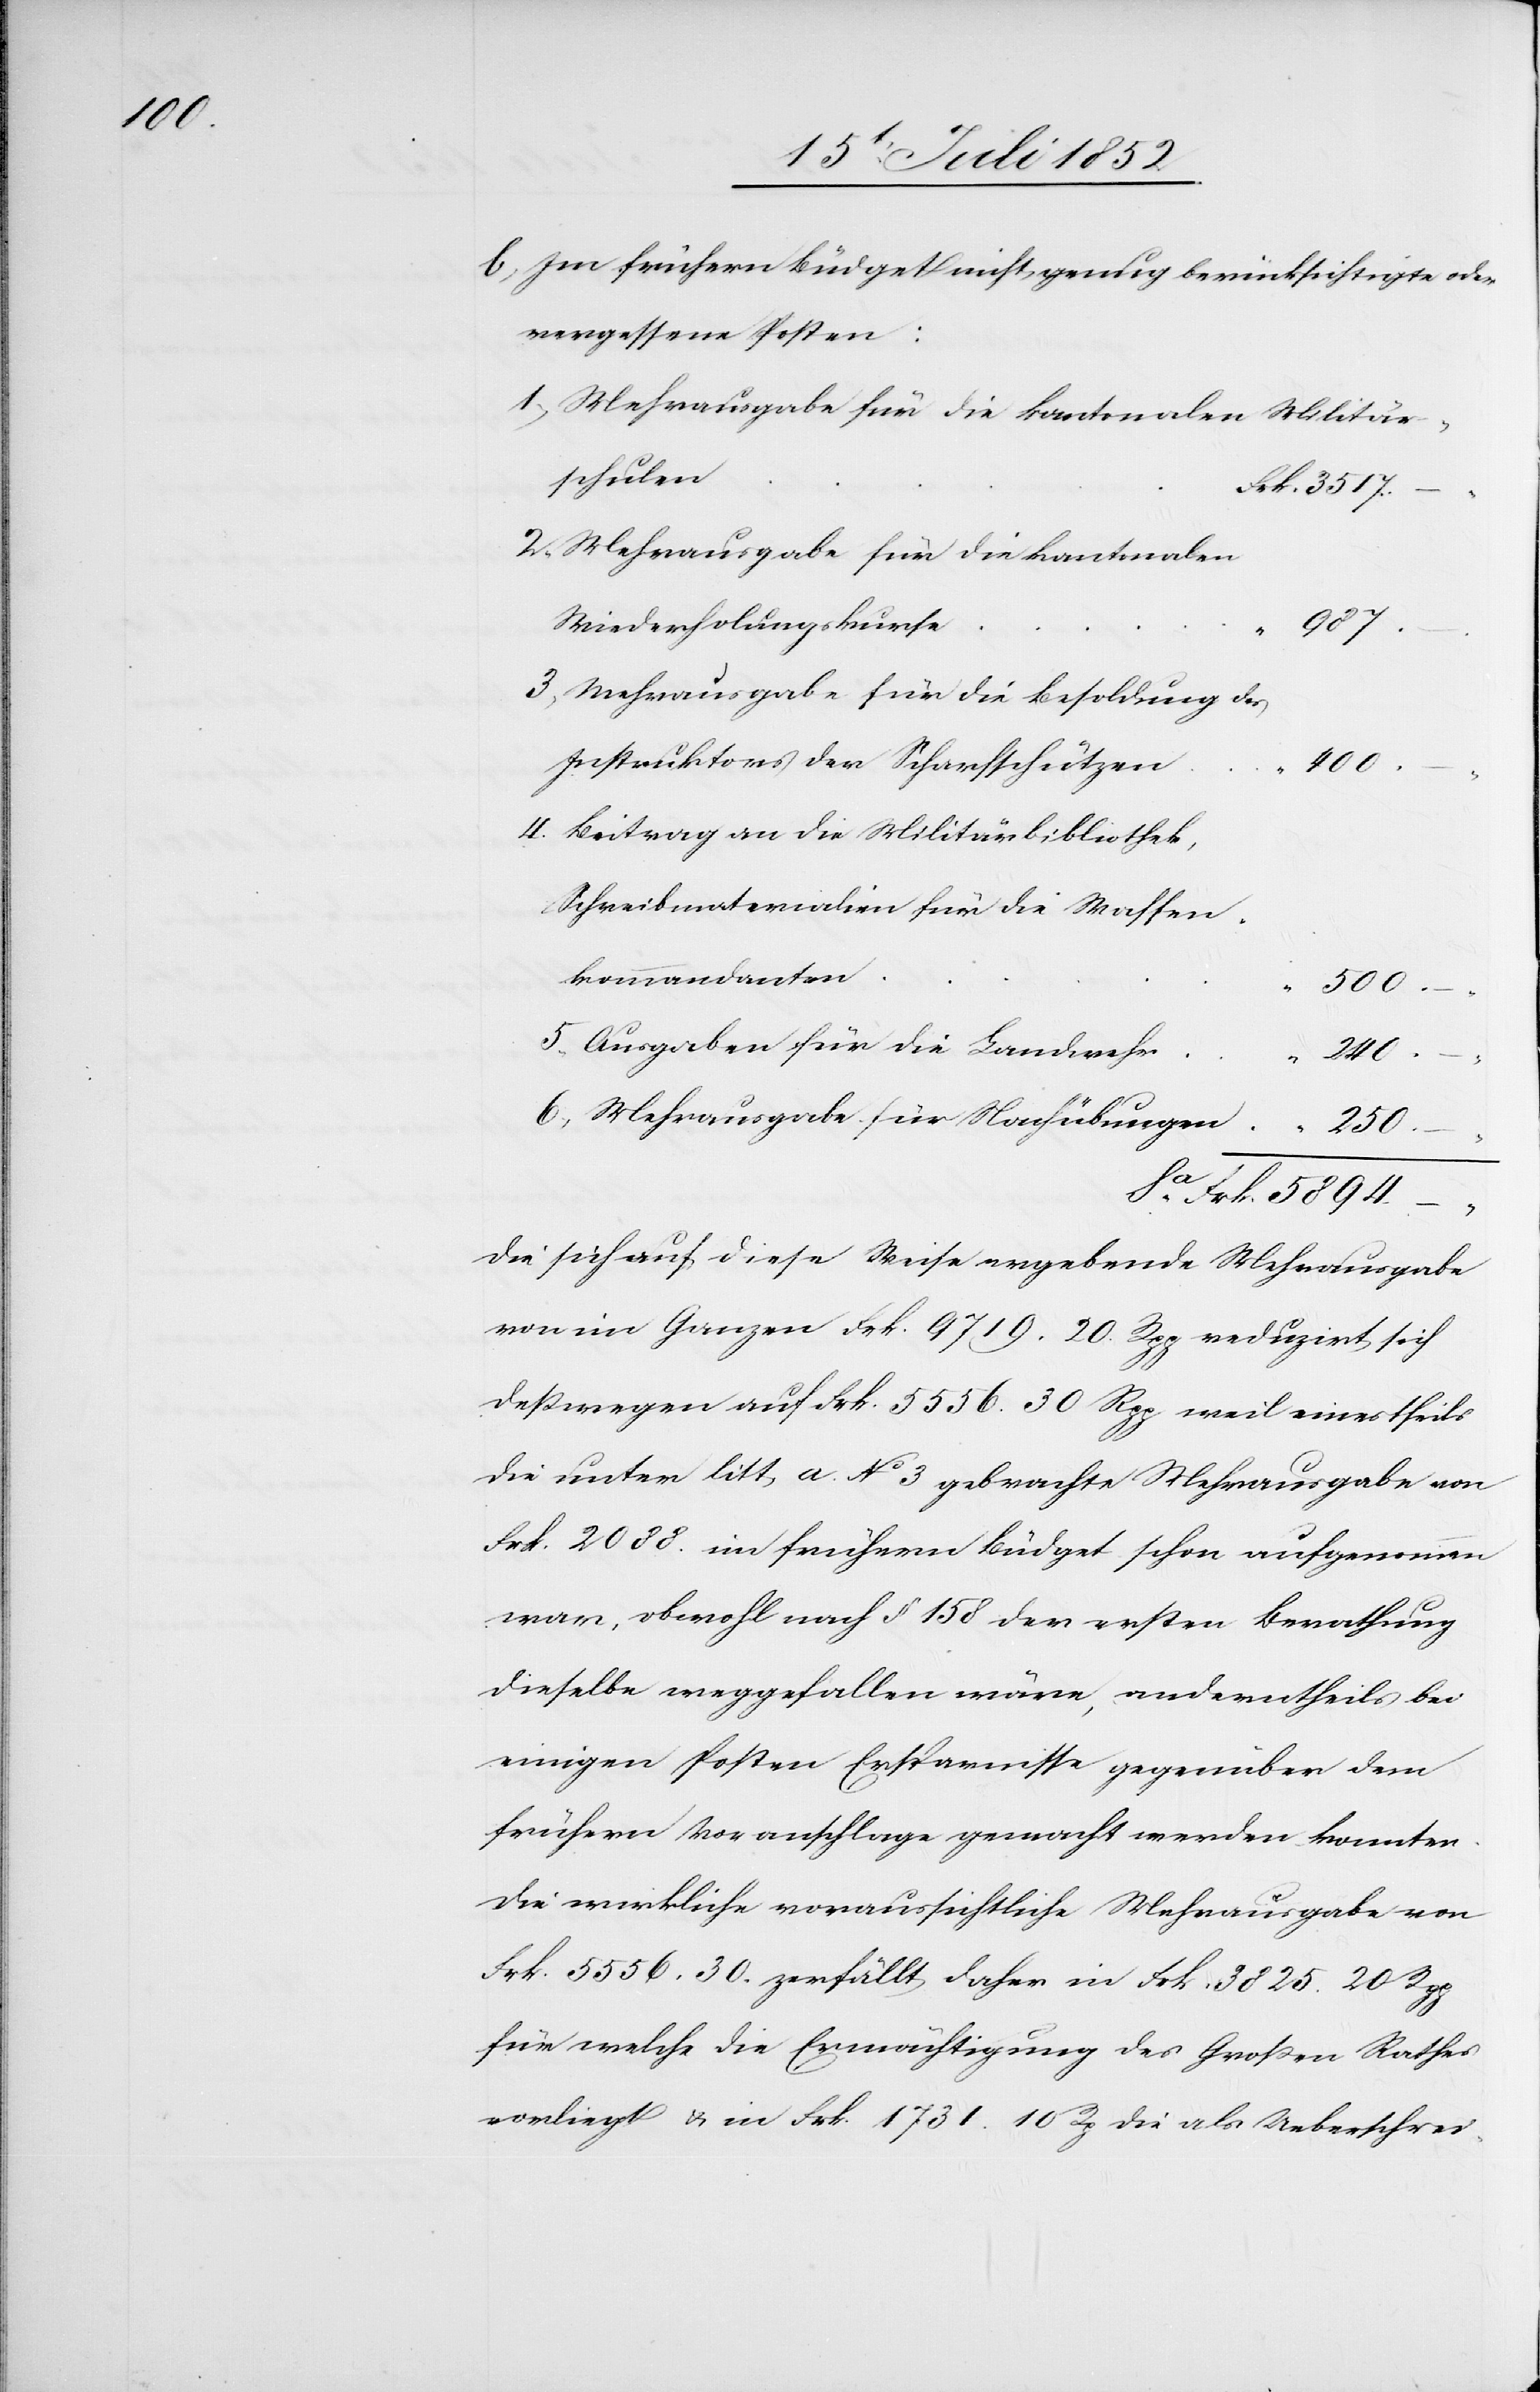
Im frühern Büdget nicht genug berücksichtigte oder
vergessene Posten:
Mehrausgabe für die kantonalen Militär¬
schulen
Frk. 3517.
Mehrausgabe für die kantonalen
Wiederholungskurse
Sa.
987.
Mehrausgabe für die Besoldung des
Instruktors der Scharfschützen
400.
Beitrag an die Militärbibliothek,
Schreibmaterialien für die Waffen¬
kommandanten
500. –
Ausgaben für die Landwehr
240. –
Mehrausgabe für Nachübungen
Frk. 5894.
Die sich auf diese Weise ergebende Mehrausgabe
von im Ganzen Frk. 9719. 20. Rpp reduzirt sich
deßwegen auf Frk. 5556. 30 Rpp weil einestheils
die unter litt a. No 3 gebrachte Mehrausgabe von
Frk. 2088. im frühern Büdget schon aufgenommen
war, obwohl nach § 158 der ersten Berathung
dieselbe weggefallen wäre, anderntheils bei
einigen Posten Ersparnisse gegenüber dem
frühern Voranschlage gemacht werden konnten.
Die wirkliche voraussichtliche Mehrausgabe von
Frk. 5556. 30. zerfällt daher in Frk. 3825. 20 Rpp
für welche die Ermächtigung des Großen Rathes
vorliegt & in Frk. 1731. 10 Rp die als Ueberschrei-